Indian Medical Review
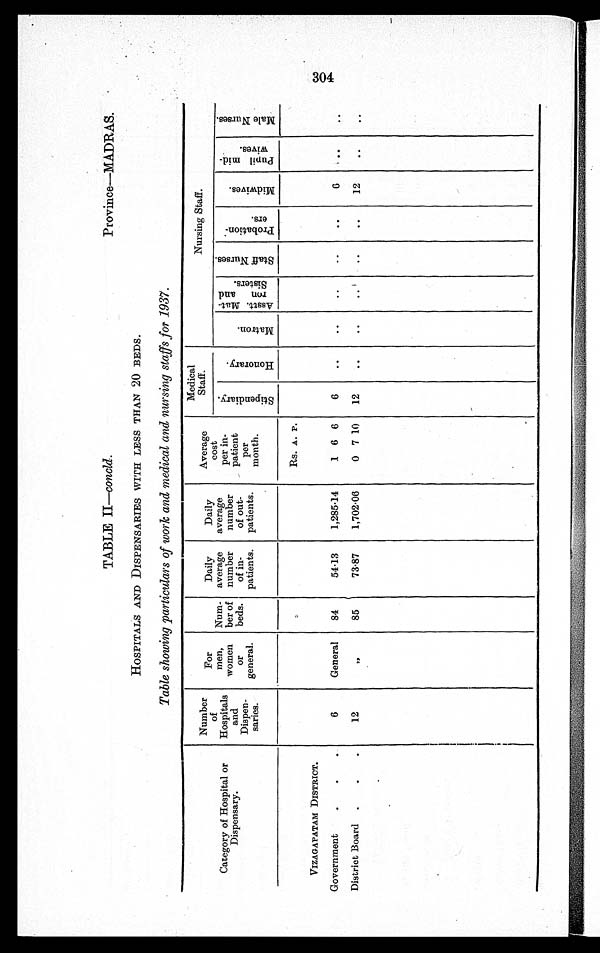
304
TABLE II— concld.
Province—MADRAS.
HOSPITALS AND DISPENSARIES WITH LESS THAN 20 BEDS.
Table showing particulars of work and medical and nursing staffs for 1937.
Category of Hospital or
Dispensary.
Number
of
Hospitals
and
Dispen-
saries.
For
men,
women
or
general.
Num-
ber of
beds.
Daily
average
number
of in-
patients.
Daily
average
number
of out-
patients.
Average
cost
per in-
patient
per
month.
Medical
Staff.
Nursing Staff.
S t i p e n d i a r y .
H o n o r a r y
M a t r o n .
A s s t . M a t - r o n a n d S i s t e r s .
S t a f f N u r s e s .
P r o b a t i o n - e r s .
M i d w i v e s .
P u p i l m i d w i v e s .
M a l e N u r s e s .
Rs. A. P.
VIZAGAPATAM DISTRICT.
Government
.
.
.
6
General
84
54.13
1,285.14
1 6 6
6
..
..
..
..
..
6
. . ..
District Board .
.
.
12
"
85
73.87
1,702.06
0 7 10
12
..
..
..
. .
12
. .
..